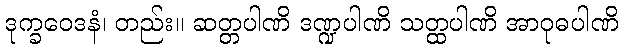
ဒုက္ခဝေဒနံ၊ တည်း။ ဆတ္တပါဏိ ဒဏ္ဍပါဏိ သတ္ထပါဏိ အာဝုဓပါဏိ